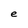
Character: e